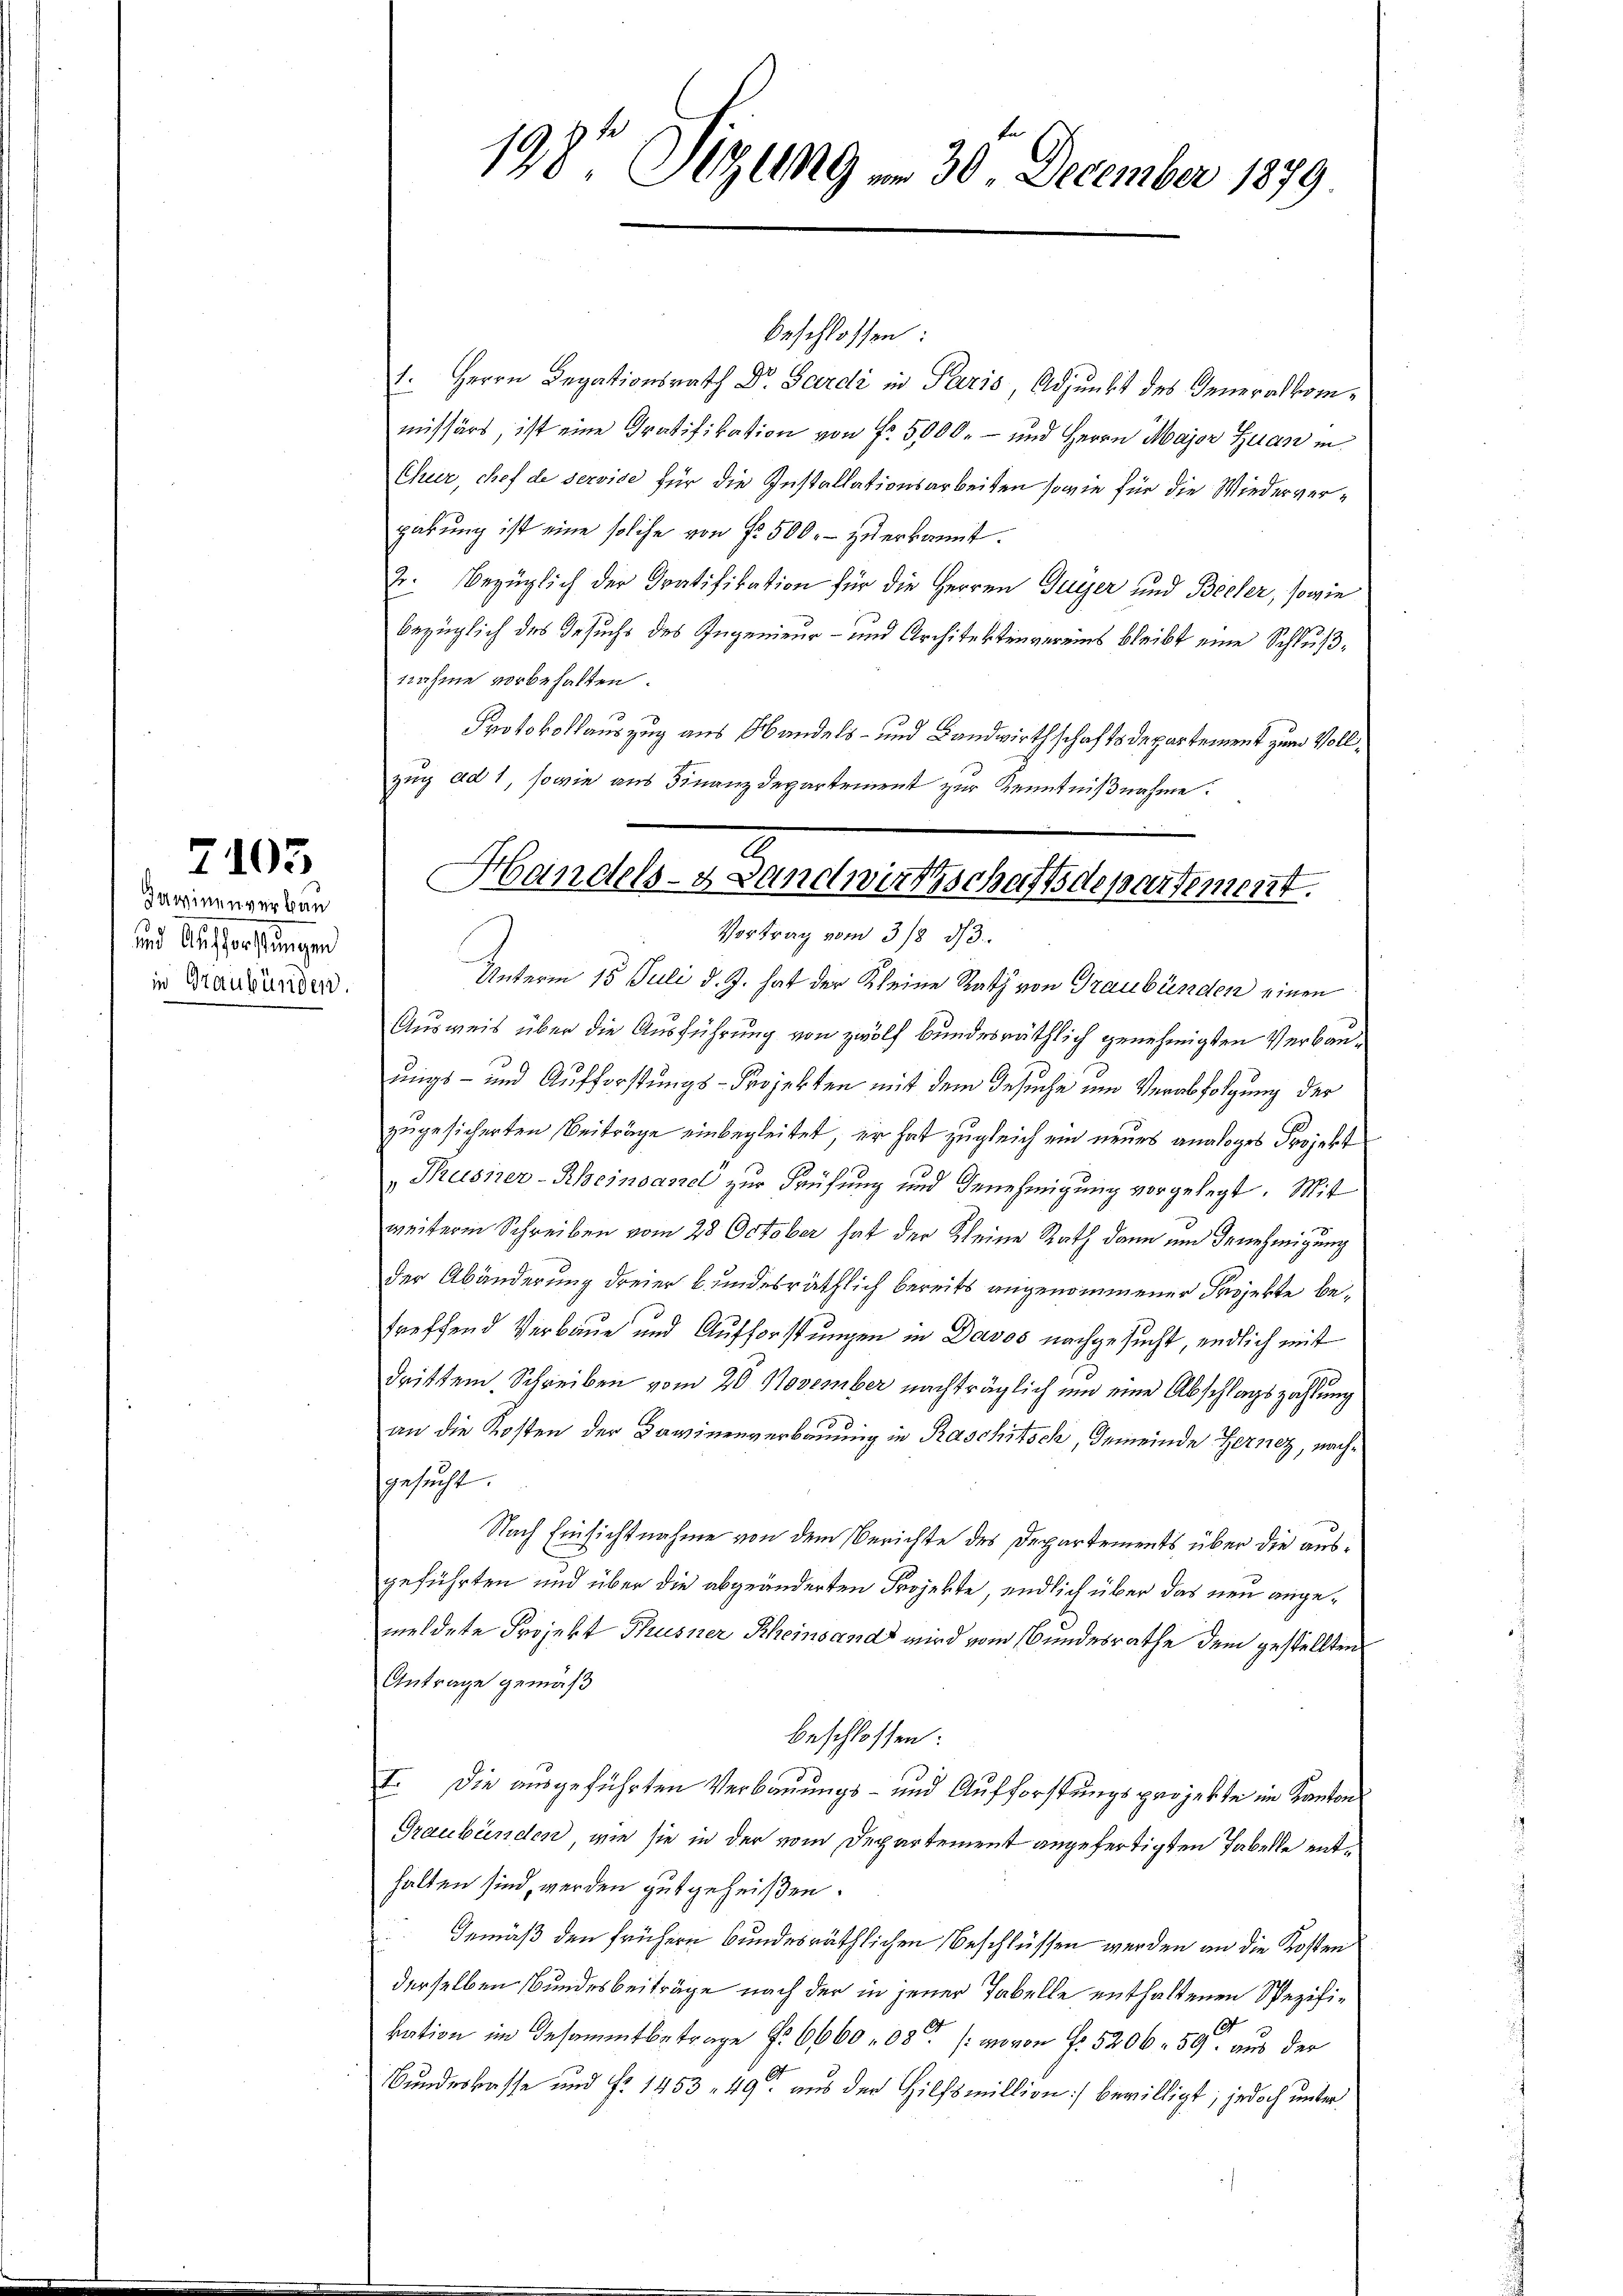
In winen vor kan
und Aufforstungen
in Graubünden.

7105

198 Sizung vom 30. December 1879

beschlossen:
1. Herrn Degationsrath Dr. Sardi in Paris, Adjunkt des Generalkommissärs, ist eine Gratifikation von Fr. 5000.- und Herrn Major Juan in
Chur, chef de servise für die Installationsarbeiten sowie für die Wiedervergabung ist eine solche von Fr. 500.- zu erkannt.
2. Bezüglich der Gratifikation für die Herren Guyer und Becker, sowie
bezüglich des Gesuchs des Ingenieur- und Architektenvereins bleibt eine Schlußnahme vorbehalten.
Protokollauszug aus Mandels- und Landwirthschaftsdepartement zum Vollzug ad 1, sowie aus Finanzdepartement zur Kenntnißnahme.
Unterm 15. Juli d. J. hat der Kleine Rath von Graubünden einen
Ausweis über die Ausführung von zwölf bundesräthlich genehmigten Verbauungs- und Aufforstungs-Projekten mit dem Gesuche um Verabfolgung der
zugesicherten Beiträge einbegleitet, er hat zugleich ein neues analoges Projekt
Thusner-Rheinsamel zur Prüfung und Genehmigung vorgelegt. Mit
weitere Schreiben vom 28 October hat der Kleine Rath dann um Genehmigung
der Abänderung dreier bundesräthlich bereits angenommener Projekte betreffend Verbaue und Aufforstungen in Davos nachgesucht, endlich mit
dritten Schreiben vom 20. November nachträglich um eine Abschlagszahlung
an die Kosten der Dawinenverbauung in Raschitsch, Gemeinde Gernez, nachersucht.
Nach Einsichtnahme von dem Berichte des Departements über die ausgeführten und über die abgeänderten Projekte, endlich über das neu angemeldete Projekt Thusner Rheinsandt wird vom Bundesrathe dem gestellten
Antrage gemäß
beschlossen:
I. Die ausgeführten Verbauungs- und Aufforstungsprojekte im Kanton
Graubünden, wie sie in der vom Departement angefertigten Fabelle enthalten sind, werden gutgeheißen.
Gemäß den frühern bundesräthlichen Beschlüssen werden an die Kosten
derselben Bundesbeiträge nach der in jener Tabelle enthaltenen Spezifikation im Gesammtbetrage No 666008 / wovon Fr. 5206. 59 aus der
Bundeskasse und No. 1453, 49 aus der Hilfsmillion) bewilligt; jedoch unter¬

A
Handels- Landwirtschaftsdepartement.
Vortrag vom 3/8 d. 3.